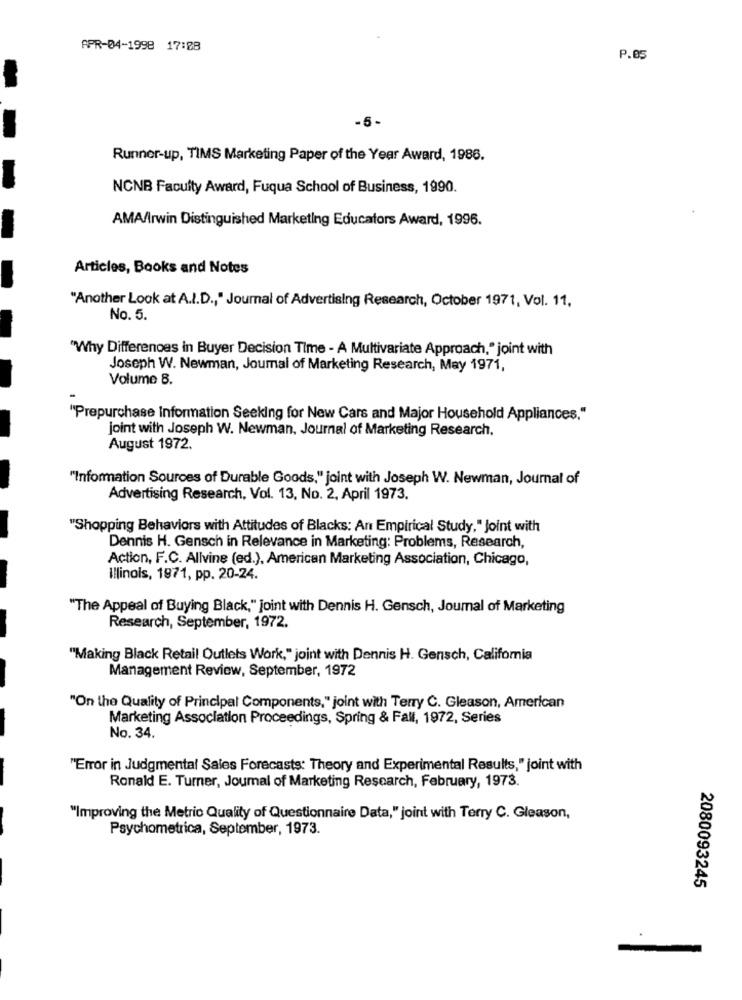
APR-04-1998 17:08
P.05
-5 -
Runner-up, TIMS Marketing Paper of the Year Award, 1986.
NCNB Faculty Award, Fuqua School of Business, 1990.
AMA/Irwin Distinguished Marketing Educators Award, 1996.
Articles, Books and Notes
"Another Look at A.I.D ., " Journal of Advertising Research, October 1971, Vol. 11,
No. 5.
"Why Differences in Buyer Decision Time - A Multivariate Approach," joint with
Joseph W. Newman, Joumal of Marketing Research, May 1971,
Volume 8.
"Prepurchase information Seeking for New Cars and Major Household Appliances."
joint with Joseph W. Newman, Journal of Marketing Research.
August 1972.
"Information Sources of Durable Goods," joint with Joseph W. Newman, Journal of
Advertising Research, Vol. 13, No. 2. April 1973.
"Shopping Behaviors with Attitudes of Blacks: An Empirical Study," Joint with
Dennis H. Gensch in Relevance in Marketing: Problems, Research,
Action, F.C. Allvine (ed.), American Marketing Association, Chicago,
Illinois, 1971, pp. 20-24.
"The Appeal of Buying Black," joint with Dennis H. Gensch, Joumal of Marketing
Research, September, 1972.
"Making Black Retail Outlets Work," joint with Dennis H. Gensch, Califomia
Management Review, September, 1972
"On the Quality of Principal Components," joint with Terry C. Gleason, American
Marketing Association Proceedings, Spring & Fall, 1972, Series
No. 34.
"Error in Judgmental Sales Forecasts: Theory and Experimental Results," joint with
Ronald E. Turner, Journal of Marketing Research, February, 1973.
"Improving the Metric Quality of Questionnaire Data," joint with Terry C. Gleason,
Psychometrica, September, 1973.
2080093245